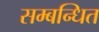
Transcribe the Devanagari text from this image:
सम्‍बन्‍धित